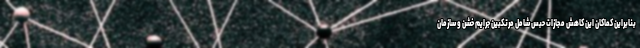
بنابراین کماکان این کاهش مجازات حبس شامل مرتکبین جرایم خشن و سازمان